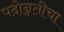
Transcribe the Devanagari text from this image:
पदोन्नतीचा